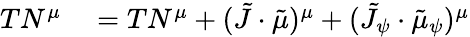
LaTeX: \begin{array}{rl}{TN^{\mu}}&{{}=TN^{\mu}+(\tilde{J}\cdot\tilde{\mu})^{\mu}+(\tilde{J}_{\psi}\cdot\tilde{\mu}_{\psi})^{\mu}}\end{array}